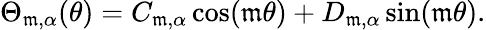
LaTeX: \Theta_{\mathfrak{m},\alpha}(\theta)=C_{\mathfrak{m},\alpha}\cos(\mathfrak{m}\theta)+D_{\mathfrak{m},\alpha}\sin(\mathfrak{m}\theta).